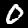
Digit: 0